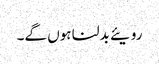
رویئے بدلنا ہوں گے۔